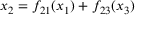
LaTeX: x _ { 2 } = f _ { 2 1 } ( x _ { 1 } ) + f _ { 2 3 } ( x _ { 3 } )